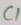
Text: C1